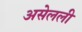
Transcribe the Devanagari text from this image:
असेलली